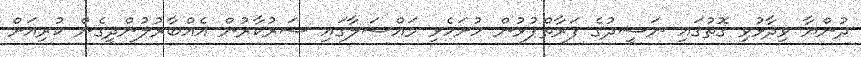
ދުންޔާ ވިދާޅުވި ގޮތުގައި ނަޝީދުގެ ފަރާތްޕުޅުން ހުށަހެޅި މައްސަލާގައި ސަރުކާރުން އެއްބާރުލުންދީގެން ކުރިއަށް